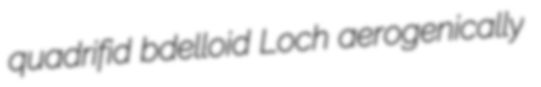
quadrifid bdelloid Loch aerogenically